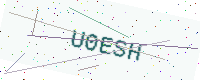
Text: U0ESH